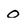
Character: 0